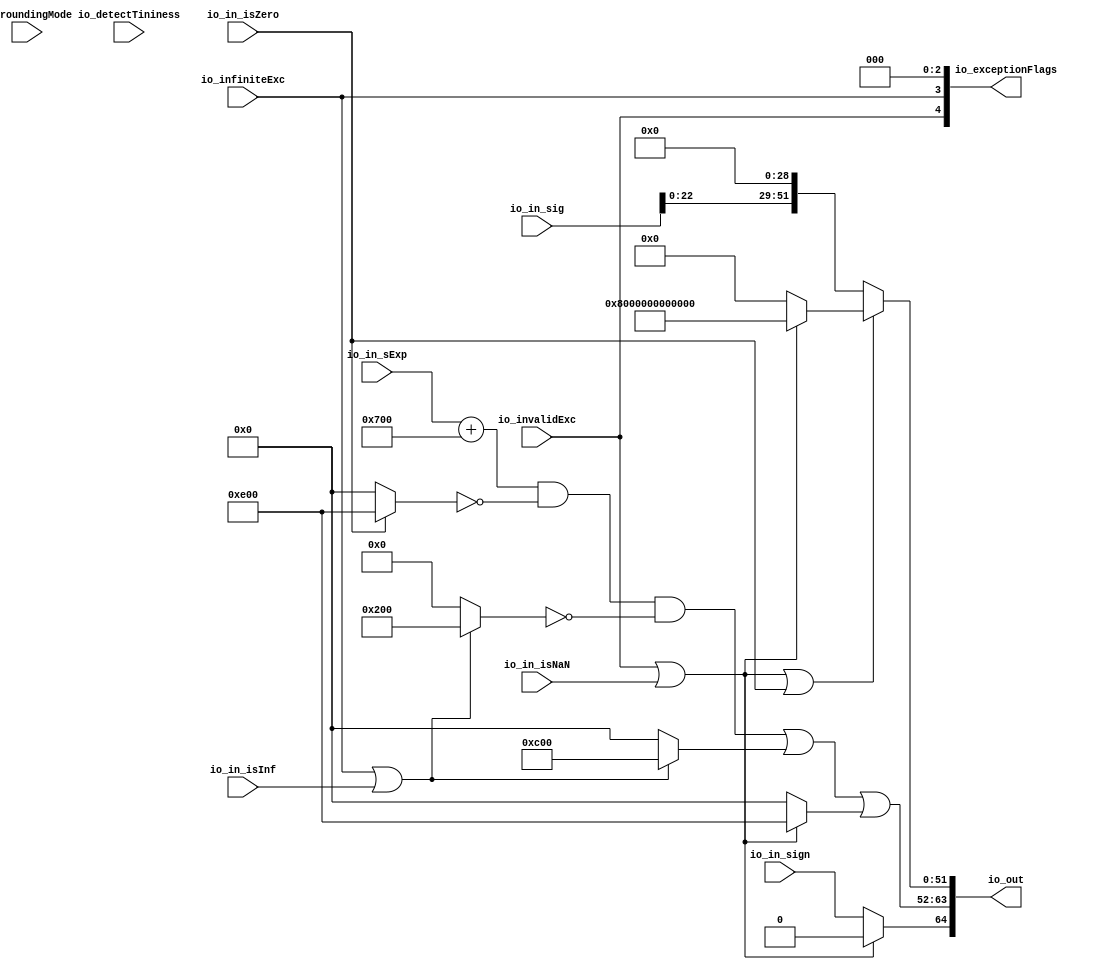
module RoundAnyRawFNToRecFN_7(
  input         io_invalidExc,
  input         io_infiniteExc,
  input         io_in_isNaN,
  input         io_in_isInf,
  input         io_in_isZero,
  input         io_in_sign,
  input  [9:0]  io_in_sExp,
  input  [24:0] io_in_sig,
  input  [2:0]  io_roundingMode,
  input         io_detectTininess,
  output [64:0] io_out,
  output [4:0]  io_exceptionFlags
);
  wire [11:0] _GEN_0 = {{2{io_in_sExp[9]}},io_in_sExp}; // @[RoundAnyRawFNToRecFN.scala 102:25]
  wire [12:0] _sAdjustedExp_T = $signed(_GEN_0) + 12'sh700; // @[RoundAnyRawFNToRecFN.scala 102:25]
  wire [12:0] sAdjustedExp = {1'b0,$signed(_sAdjustedExp_T[11:0])}; // @[RoundAnyRawFNToRecFN.scala 104:31]
  wire [55:0] adjustedSig = {io_in_sig, 31'h0}; // @[RoundAnyRawFNToRecFN.scala 112:22]
  wire [12:0] _common_expOut_T_1 = {{1'd0}, sAdjustedExp[11:0]}; // @[RoundAnyRawFNToRecFN.scala 134:55]
  wire [11:0] common_expOut = _common_expOut_T_1[11:0]; // @[RoundAnyRawFNToRecFN.scala 134:55]
  wire [51:0] common_fractOut = adjustedSig[53:2]; // @[RoundAnyRawFNToRecFN.scala 138:28]
  wire  isNaNOut = io_invalidExc | io_in_isNaN; // @[RoundAnyRawFNToRecFN.scala 233:34]
  wire  notNaN_isSpecialInfOut = io_infiniteExc | io_in_isInf; // @[RoundAnyRawFNToRecFN.scala 234:49]
  wire  signOut = isNaNOut ? 1'h0 : io_in_sign; // @[RoundAnyRawFNToRecFN.scala 248:22]
  wire [11:0] _expOut_T_1 = io_in_isZero ? 12'he00 : 12'h0; // @[RoundAnyRawFNToRecFN.scala 251:18]
  wire [11:0] _expOut_T_2 = ~_expOut_T_1; // @[RoundAnyRawFNToRecFN.scala 251:14]
  wire [11:0] _expOut_T_3 = common_expOut & _expOut_T_2; // @[RoundAnyRawFNToRecFN.scala 250:24]
  wire [11:0] _expOut_T_11 = notNaN_isSpecialInfOut ? 12'h200 : 12'h0; // @[RoundAnyRawFNToRecFN.scala 263:18]
  wire [11:0] _expOut_T_12 = ~_expOut_T_11; // @[RoundAnyRawFNToRecFN.scala 263:14]
  wire [11:0] _expOut_T_13 = _expOut_T_3 & _expOut_T_12; // @[RoundAnyRawFNToRecFN.scala 262:17]
  wire [11:0] _expOut_T_18 = notNaN_isSpecialInfOut ? 12'hc00 : 12'h0; // @[RoundAnyRawFNToRecFN.scala 275:16]
  wire [11:0] _expOut_T_19 = _expOut_T_13 | _expOut_T_18; // @[RoundAnyRawFNToRecFN.scala 274:15]
  wire [11:0] _expOut_T_20 = isNaNOut ? 12'he00 : 12'h0; // @[RoundAnyRawFNToRecFN.scala 276:16]
  wire [11:0] expOut = _expOut_T_19 | _expOut_T_20; // @[RoundAnyRawFNToRecFN.scala 275:77]
  wire [51:0] _fractOut_T_2 = isNaNOut ? 52'h8000000000000 : 52'h0; // @[RoundAnyRawFNToRecFN.scala 279:16]
  wire [51:0] fractOut = isNaNOut | io_in_isZero ? _fractOut_T_2 : common_fractOut; // @[RoundAnyRawFNToRecFN.scala 278:12]
  wire [12:0] io_out_hi = {signOut,expOut}; // @[Cat.scala 30:58]
  wire [2:0] io_exceptionFlags_hi = {io_invalidExc,io_infiniteExc,1'h0}; // @[Cat.scala 30:58]
  assign io_out = {io_out_hi,fractOut}; // @[Cat.scala 30:58]
  assign io_exceptionFlags = {io_exceptionFlags_hi,2'h0}; // @[Cat.scala 30:58]
endmodule